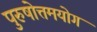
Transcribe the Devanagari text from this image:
पुरुषोत्तमयोग